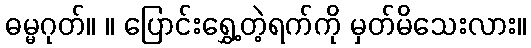
ဓမ္မဂုတ်။ ။ ပြောင်းရွှေ့တဲ့ရက်ကို မှတ်မိသေးလား။